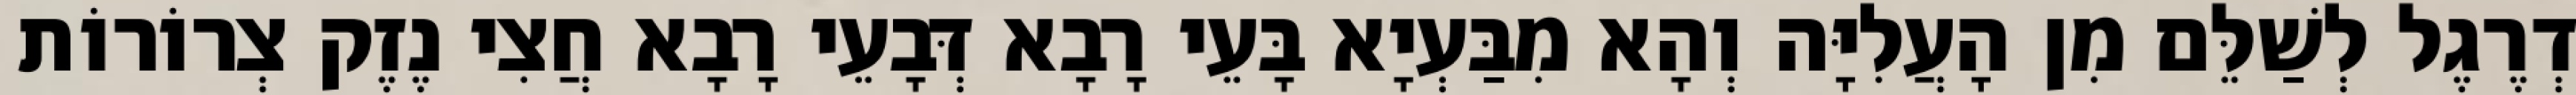
דְרֶגֶל לְשַׁלֵּם מִן הָעֲלִיָּה וְהָא מִבַּעְיָא בָּעֵי רָבָא דְּבָעֵי רָבָא חֲצִי נֶזֶק צְרוֹרוֹת